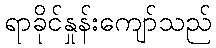
ရာခိုင်နှုန်းကျော်သည်